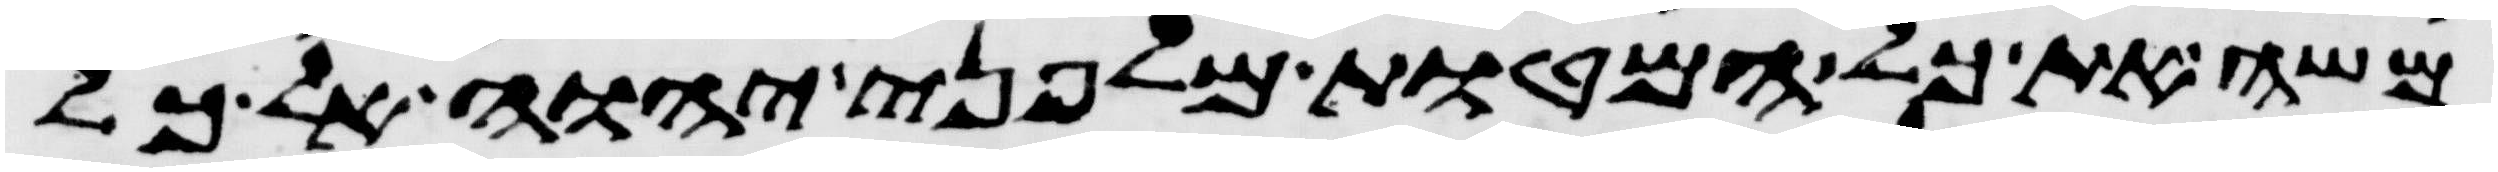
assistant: משה את כל המטות מלפני יהוה אל כל